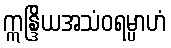
ဣန္ဒြိယအသံဝရမ္ပာဟံ